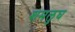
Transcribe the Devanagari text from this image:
शमलुघ